Tartu_pedagoogiumi_aruanded, lk 80
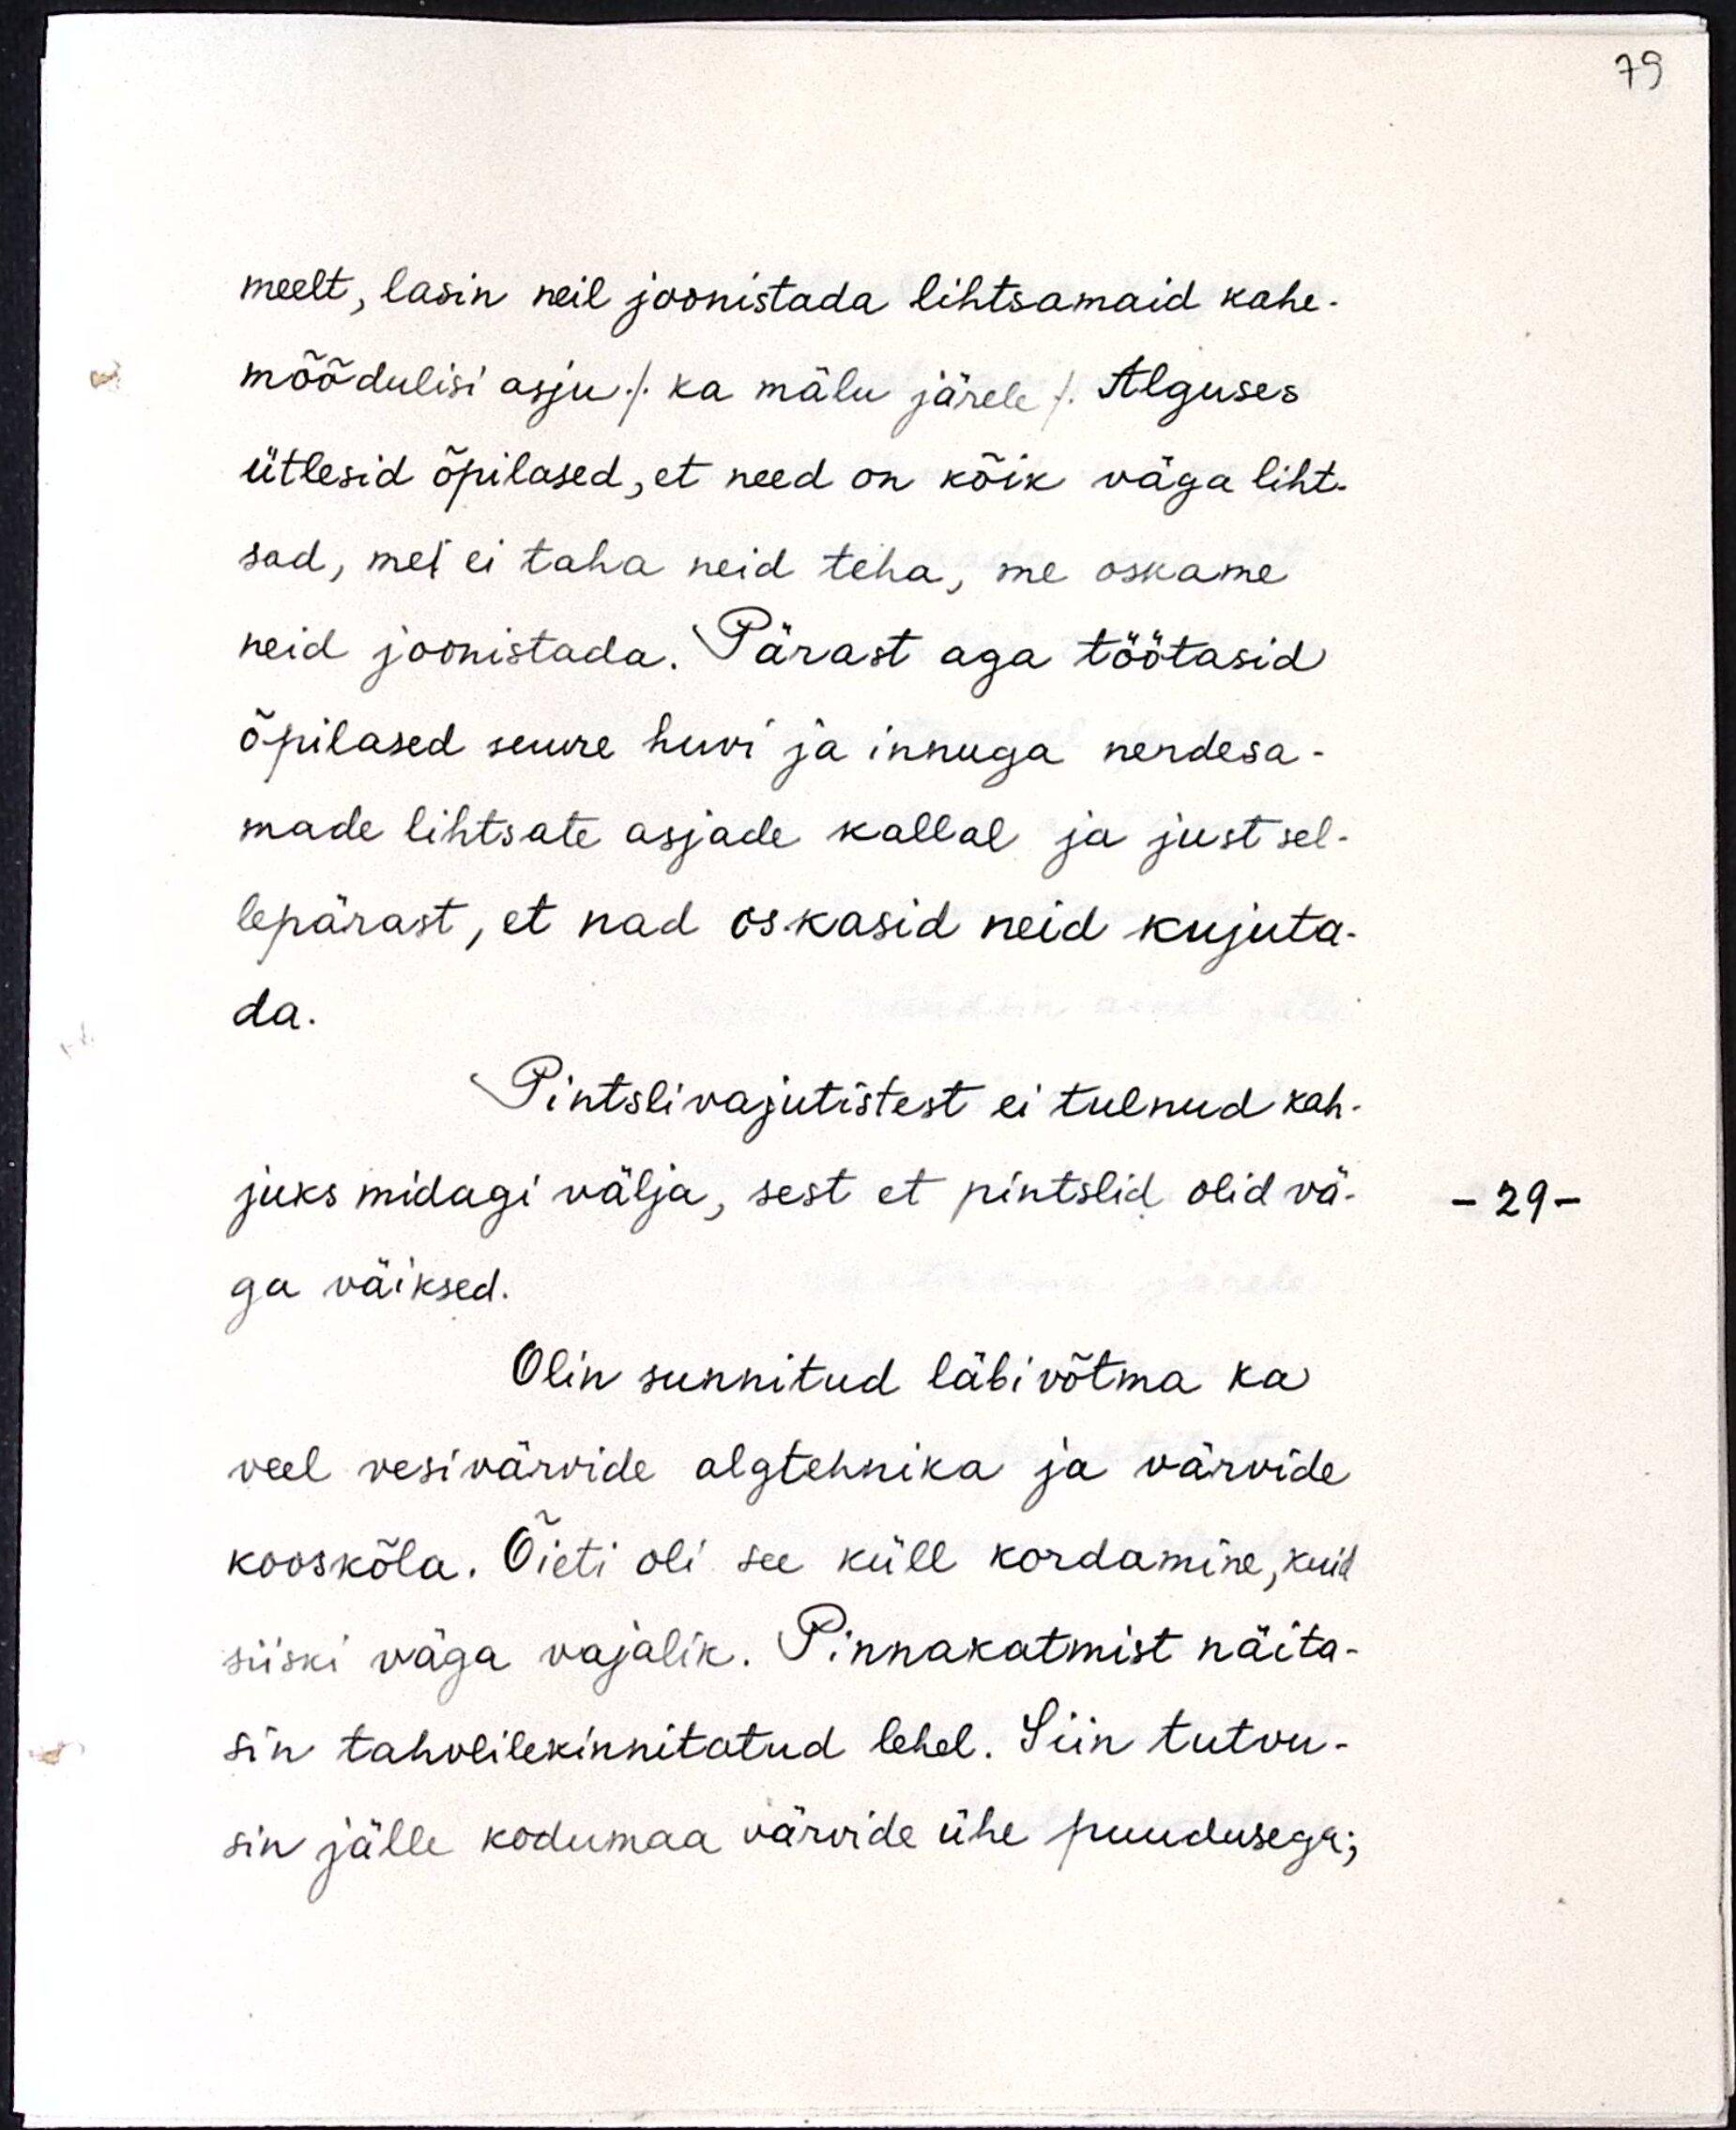
meelt, lasin neil joonistada lihtsamaid kahe-
mõõdulisi asju/ ka mälu järele/. Alguses
ütlesid õpilased, et need on kõik väga liht-
sad, mel ei taha neid teha, me oskame
neid joonistada. Pärast aga töötasid
õpilased suure huvi ja innuga nendesa-
made lihtsate asjade kallal ja just sel-
lepärast, et nad oskasid neid kujuta-
da.
Pintslivajutistest ei tulnud kah-
juks midagi välja, sest et pintslid olid vä-
ga väiksed.
Olin sunnitud läbivõtma ka
veel vesivärvide algtehnika ja värvide
kooskõla. Õieti oli see küll kordamine, kuid
siiski väga vajalik. Pinnakatmist näita-
sin tahvlilekinnitatud lehel. Siin tutvu-
sin jälle kodumaa värvide ühe puudusega;